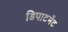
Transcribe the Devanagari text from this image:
डिपाटमेंट